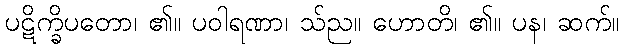
ပဋိက္ခိပတော၊ ၏။ ပဝါရဏာ၊ သ်ည။ ဟောတိ၊ ၏။ ပန၊ ဆက်။